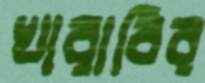
খারাবির